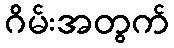
ဂိမ်းအတွက်